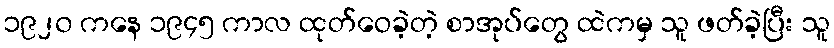
၁၉၂၀ ကနေ ၁၉၄၅ ကာလ ထုတ်ဝေခဲ့တဲ့ စာအုပ်တွေ ထဲကမှ သူ ဖတ်ခဲ့ပြီး သူ